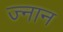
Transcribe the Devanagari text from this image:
ज्नान